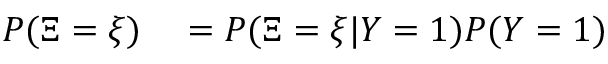
\begin{array} { r l } { P ( \Xi = \xi ) } & { { } = P ( \Xi = \xi | Y = 1 ) P ( Y = 1 ) } \end{array}